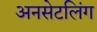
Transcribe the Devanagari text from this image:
अनसेटलिंग